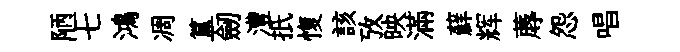
陋七鴻凋簋劒澧扺愎該攷映滿蘚辉蓐怨唱